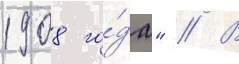
1908 го́да" // В